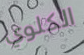
الكلوي